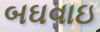
બઘવાઇ